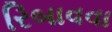
રિબાવવા